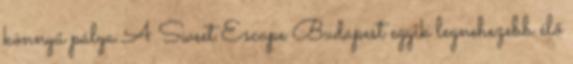
könnyű pálya A Sweet Escape Budapest egyik legnehezebb élő